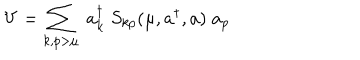
V = \sum _ { k , p > \mu } \; a _ { k } ^ { \dagger } \; S _ { k p } ( \mu , a ^ { \dagger } , a ) \; a _ { p }